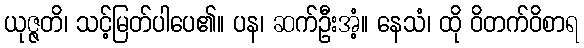
ယုဇ္ဇတိ၊ သင့်မြတ်ပါပေ၏။ ပန၊ ဆက်ဦးအံ့။ နေသံ၊ ထို ဝိတက်ဝိစာရ